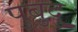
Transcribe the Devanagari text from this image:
पुबुदु